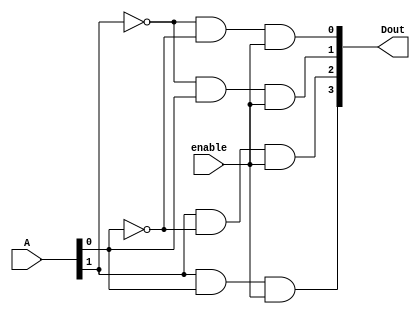
module Lab2_decoder_2x4(output [3:0] Dout, input [1:0] A, input enable); 
    
    
    assign Dout[0] = (~A[1]) & (~A[0]) & enable;
    assign Dout[1]= (~A[1]) & A[0] & enable;
    assign Dout[2]= A[1] & (~ A[0]) & enable;
    assign Dout[3]= A[1] & A[0] & enable;

endmodule